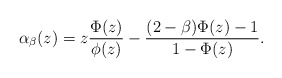
\begin{align*}\alpha_\beta(z)=z\frac{\Phi(z)}{\phi(z)} - \frac{(2-\beta)\Phi(z)-1}{1-\Phi(z)}.\end{align*}